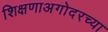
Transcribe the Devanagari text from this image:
शिक्षणाअगोदरच्या